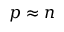
p \approx n